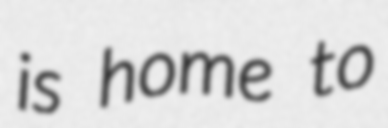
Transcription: is home to